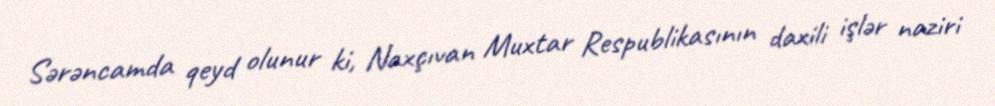
Sərəncamda qeyd olunur ki, Naxçıvan Muxtar Respublikasının daxili işlər naziri